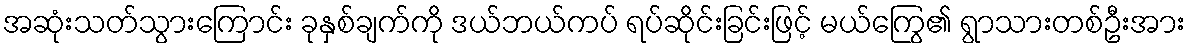
အဆုံးသတ်သွားကြောင်း ခုနှစ်ချက်ကို ဒယ်ဘယ်ကပ် ရပ်ဆိုင်းခြင်းဖြင့် မယ်ကြွေ၏ ရွာသားတစ်ဦးအား